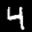
Label: 4